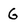
Character: G